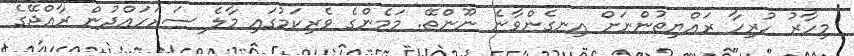
މިހާރު ހުރިހާ ރައްޔިތުންނަށް އިނގެންވާނެ ނޫންތޭ. މަމެންގެ ވެރިކަމުގައި މާލެ ސަރަހައްދުން ރާއްޖޭގެ